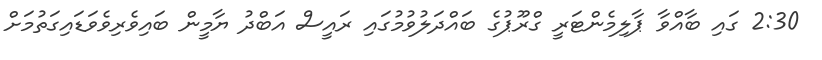
2:30 ގައި ބާއްވާ ޕާލިމެންޓަރީ ގްރޫޕުގެ ބައްދަލުވުމުގައި ރައީސް އަބްދު ޔާމީން ބައިވެރިވެވަޑައިގަތުމަށް